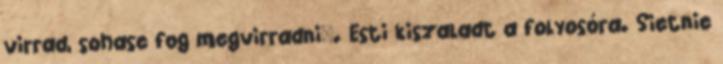
virrad, sohase fog megvirradni". Esti kiszaladt a folyosóra. Sietnie